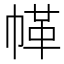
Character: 𢃲